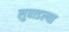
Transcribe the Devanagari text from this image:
लुबाडल्या